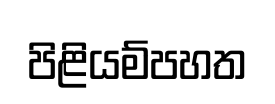
පිළියම්පහත